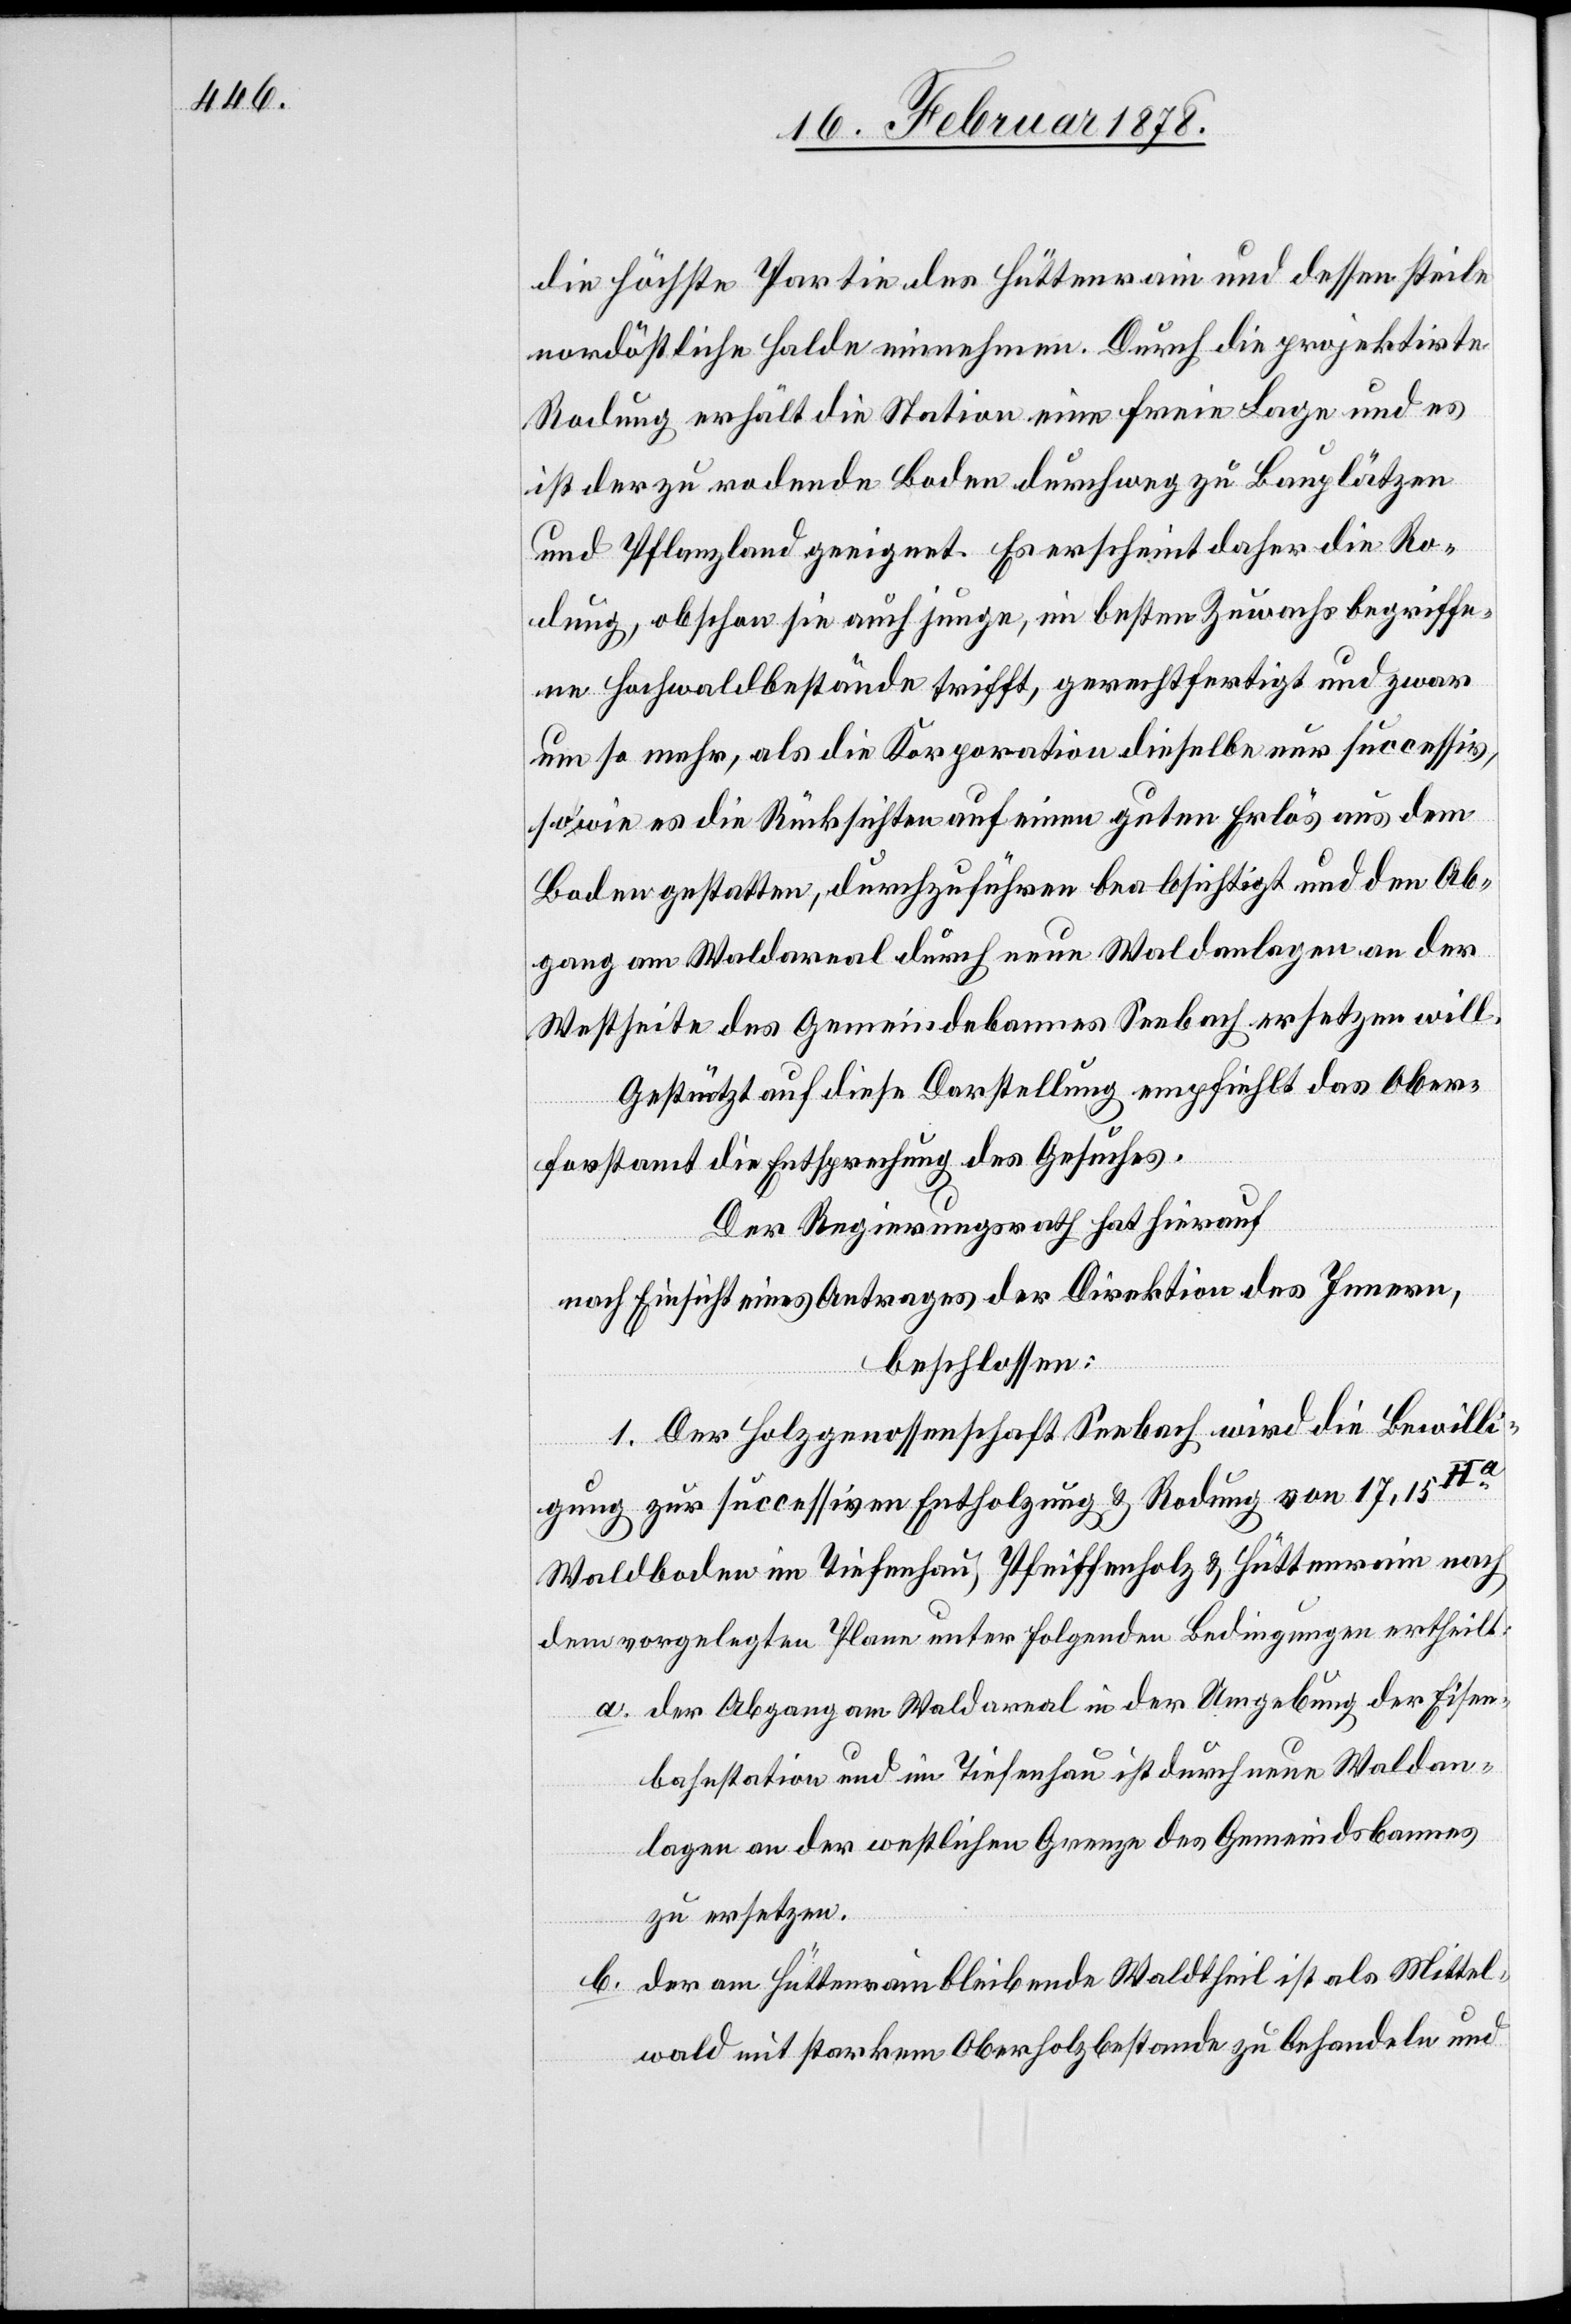
die höchste Partie des Hüttenrain und dessen steile
nordöstliche Halde einnehmen. Durch die projektirte
Rodung erhält die Station eine freie Lage und es
ist der zu rodende Boden durchweg zu Bauplätzen
und Pflanzland geeignet. Es erscheint daher die Ro¬
dung, obschon sie auch junge, im besten Zuwachs begriffe¬
ne Hochwaldbestände trifft, gerechtfertigt und zwar
um so mehr, als die Korporation dieselbe nur successiv,
sowie es die Rücksichten auf einen guten Erlös aus dem
Boden gestatten, durchzuführen beabsichtigt und den Ab¬
gang am Waldareal durch neue Waldanlagen an der
Westseite des Gemeindebannes Seebach ersetzen will.
Gestützt auf diese Darstellung empfiehlt das Ober¬
forstamt die Entsprechung des Gesuches.
Der Regierungsrath hat hierauf
nach Einsicht eines Antrages der Direktion des Innern,
beschlossen:
1. Der Holzgenossenschaft Seebach wird die Bewilli¬
gung zur successiven Entholzung & Rodung von 17,15Ha
Waldboden im Tiefenhau, Pfeiffenholz & Hüttenrain nach
dem vorgelegten Plane unter folgenden Bedingungen ertheilt:
a. der Abgang am Waldareal in der Umgebung der Eisen¬
bahnstation und im Tiefenhau ist durch neue Waldan¬
lagen an der westlichen Grenzen des Gemeindsbannes
zu ersetzen.
b. der am Hüttenrain bleibende Waldtheil ist als Mittel¬
wald mit starkem Oberholzbestande zu behandeln und